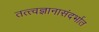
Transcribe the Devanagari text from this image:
तत्त्वज्ञानासंदर्भात